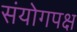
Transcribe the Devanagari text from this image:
संयोगपक्ष